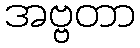
အဗ္ဗတာ